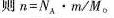
则$$n = N_{ A } \cdot m / M$$。